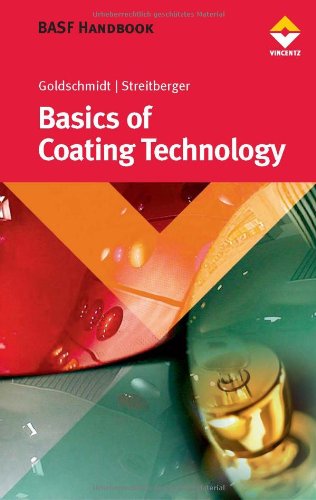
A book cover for BASF Handbook on Basics of Coating Technology; Artur Goldschmidt; Science & Math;